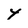
Character: 4